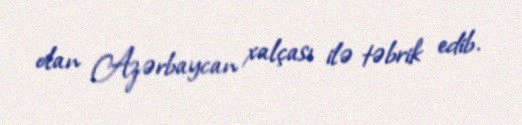
olan Azərbaycan xalçası ilə təbrik edib.